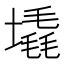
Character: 𪤛